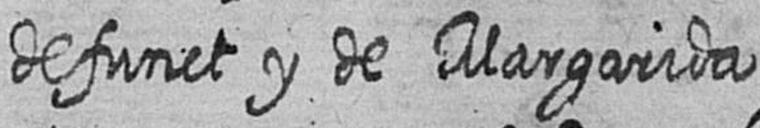
defunct y de Margarida